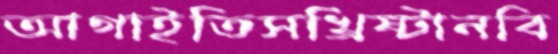
আগাইতিসখ্রিষ্টানবি